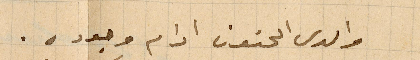
والدي الحنون ادام وجوده.